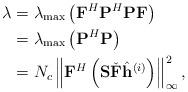
LaTeX: \begin{align*}\lambda & = \lambda_{\max}\left(\mathbf{F}^H\mathbf{P}^H\mathbf{P}\mathbf{F}\right)\\& = \lambda_{\max}\left(\mathbf{P}^H\mathbf{P}\right)\\& = N_c\left\|\mathbf{F}^H\left(\mathbf{S}\check{\mathbf{F}}\hat{\mathbf{h}}^{(i)}\right)\right\|_\infty^2,\end{align*}